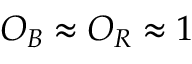
O _ { B } \approx O _ { R } \approx 1